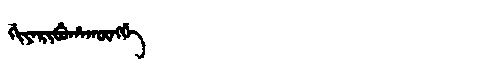
Manchu: ᡤᡳᠶᠠᡵᡳᠪᡠᡥᠠᡴᡡᠩᡤᡝ
Romanization: GIYARIBUHAKŪNGGE